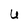
Character: U